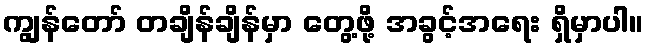
ကျွန်တော် တချိန်ချိန်မှာ တွေ့ဖို့ အခွင့်အရေး ရှိမှာပါ။